Annual administration report of the Civil Veterinary Department of India - 1894-1895
Year: 1894
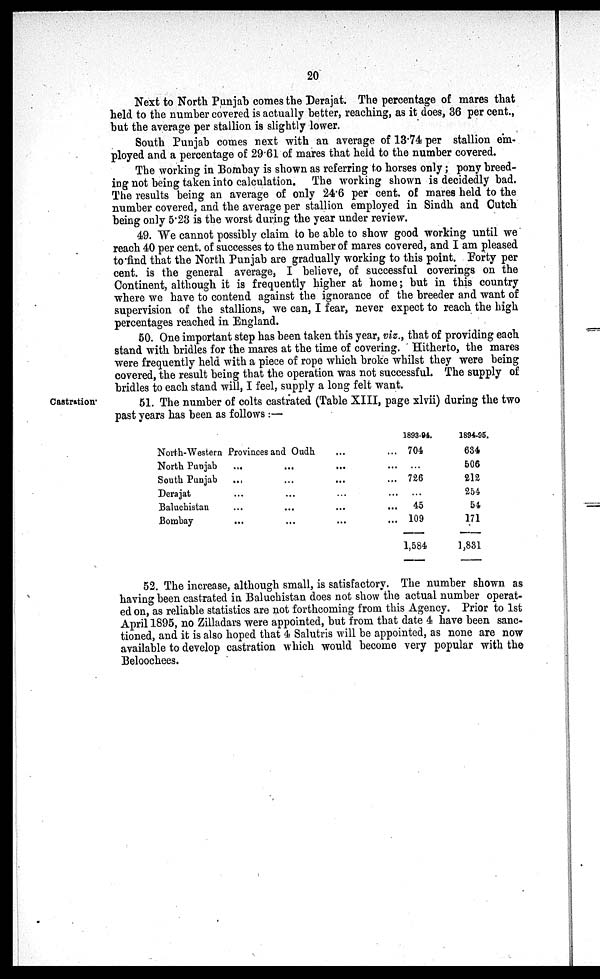
20
Next to North Punjab comes the Derajat. The percentage of mares that
held to the number covered is actually better, reaching, as it does, 36 per cent.,
but the average per stallion is slightly lower.
South Punjab comes next with an average of 13.74 per stallion em-
ployed and a percentage of 29.61 of mares that held to the number covered.
The working in Bombay is shown as referring to horses only; pony breed-
ing not being taken into calculation. The working shown is decidedly bad.
The results being an average of only 24.6 per cent. of mares held to the
number covered, and the average per stallion employed in Sindh and Cutch
being only 5.23 is the worst during the year under review.
49. We cannot possibly claim to be able to show good working until we
reach 40 per cent. of successes to the number of mares covered, and I am pleased
to find that the North Punjab are gradually working to this point. Forty per
cent. is the general average, I believe, of successful coverings on the
Continent, although it is frequently higher at home; but in this country
where we have to contend against the ignorance of the breeder and want of
supervision of the stallions, we can, I fear, never expect to reach the high
percentages reached in England.
50. One important step has been taken this year, viz., that of providing each
stand with bridles for the mares at the time of covering. Hitherto, the mares
were frequently held with a piece of rope which broke whilst they were being
covered, the result being that the operation was not successful. The supply of
bridles to each stand will, I feel, supply a long felt want.
Castration
51. The number of colts castrated (Table XIII, page xlvii) during the two
past years has been as follows :—
North-Western Provinces and Oudh
...
...
North Punjab
...
...
...
...
South Punjab
...
...
...
...
Derajat
...
...
...
...
Baluchistan
...
...
...
...
Bombay
...
...
...
...
1893-94.
704
...
726
...
45
109
1,584
1894-95.
634
506
213
254
54
171
1,831
52. The increase, although small, is satisfactory. The number shown as
having been castrated in Baluchistan does not show the actual number operat-
ed on, as reliable statistics are not forthcoming from this Agency. Prior to 1st
April 1895, no Zilladars were appointed, but from that date 4 have been sanc-
tioned, and it is also hoped that 4 Salutris will be appointed, as none are now
available to develop castration which would become very popular with the
Beloochees.